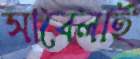
সাবেলাই